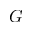
G